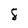
Character: 8